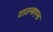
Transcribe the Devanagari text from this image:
टाउन्सएन्ड